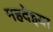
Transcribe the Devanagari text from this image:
महदेइया